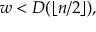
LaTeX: w < D ( \lfloor n / 2 \rfloor ) ,